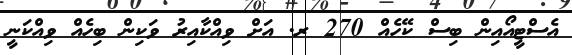
އެސްޓީއޯއިން ބިސް ކޭހެއް 270 ރ. އަށް ވިއްކާއިރު ވަކިން ބިހެއް ވިއްކަނީ